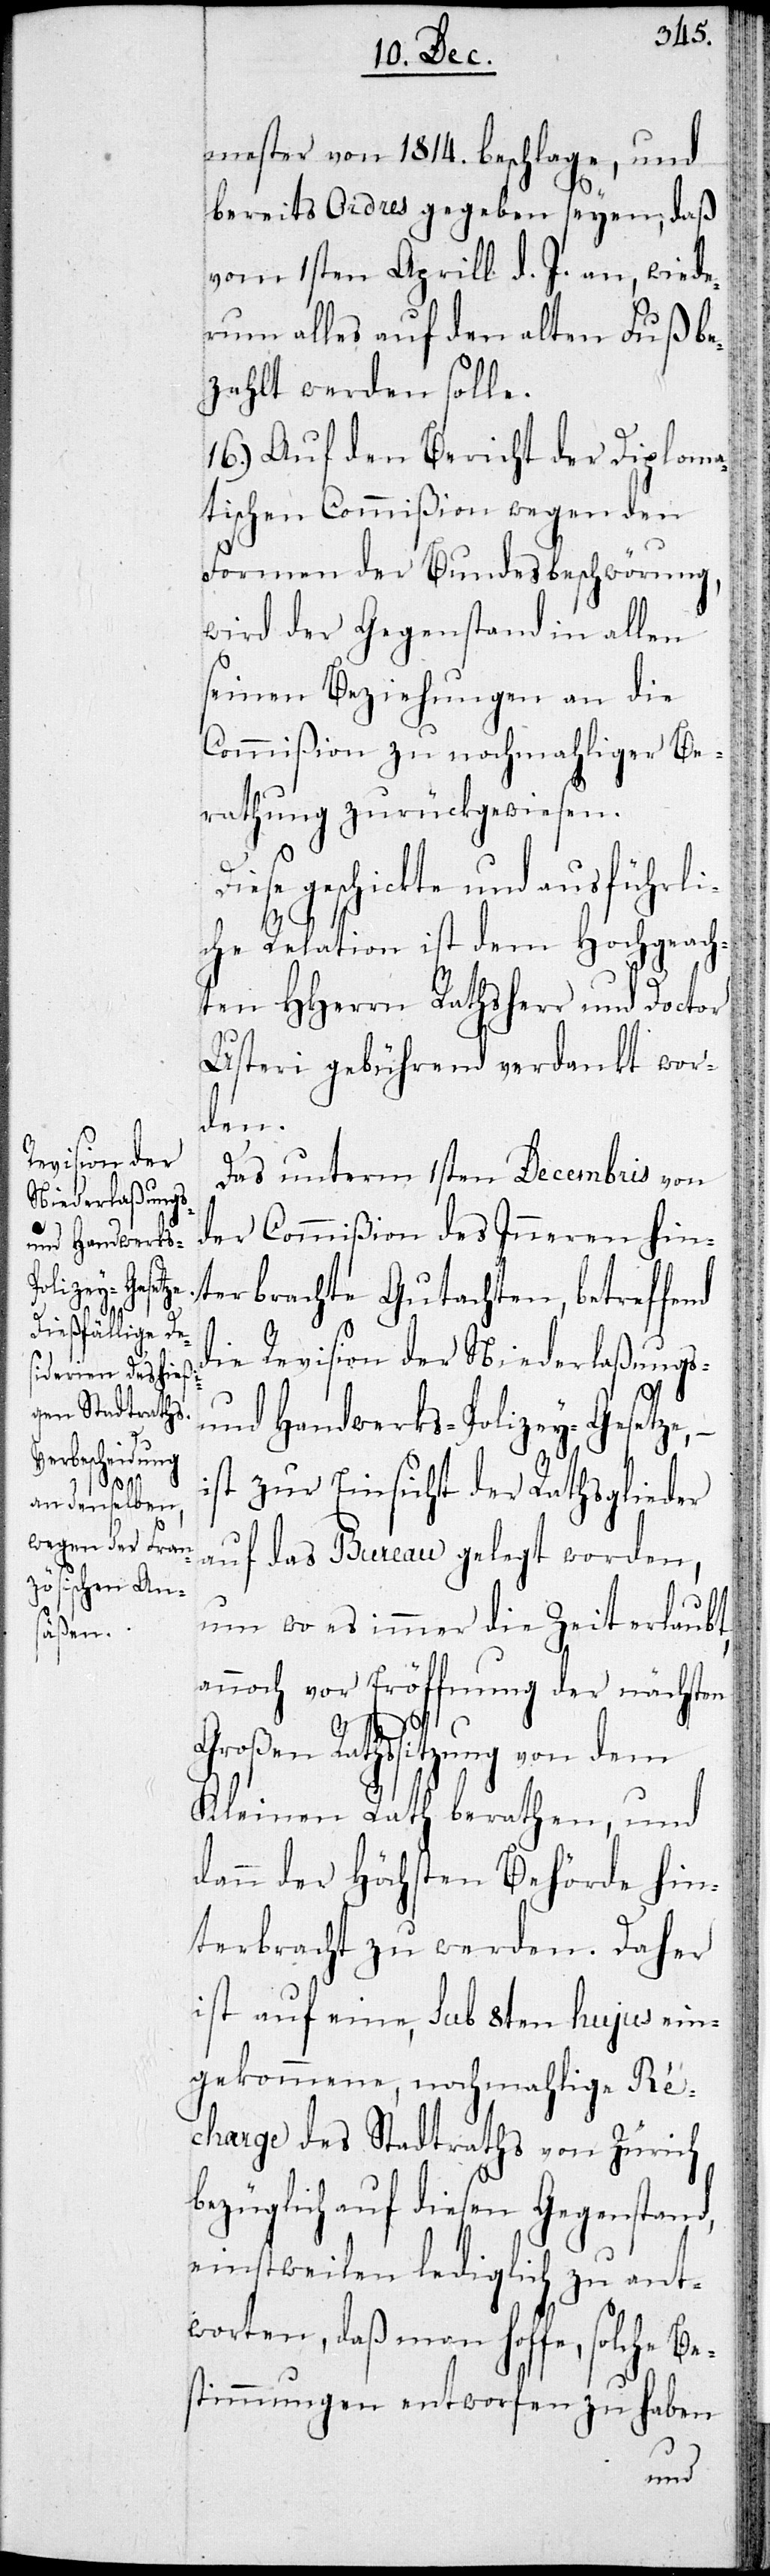
Diese

mester von 1814. beschlage, und
bereits Odres gegeben seyen, daß
vom 1ten Aprill d. J. an, wiede¬
rum alles auf den alten Fuß be¬
zahlt werden soll.
16.) Auf den Bericht der Diploma¬
tischen Commißion wegen den
Formen der Bundesbeschwörung,
wird der Gegenstand in allen
seinen Beziehungen an die
Commißion zu nochmahliger Be¬
rathung zurückgewiesen.
geschickte und ausführl¬
iche Relation ist dem Hochgeach¬
ten HHerrn Rathsherr und Doctor
Usteri gebührend verdankt wor¬
den.
Das unterm 1sten Decembris von
der Commißion des Inneren hin¬
terbrachte Gutachten, betreffend
die Revision der Niederlaßungs-
und Handwerks-Polizey-Gesetze,
ist zur Einsicht der Rathsglieder
auf das Bureau gelegt worden,
um wo es immer die Zeit erlaubt,
annoch vor Eröffnung der nächsten
Großen Rathssitzung von dem
Kleinen Rath berathen, und
dann der höchsten Behörde hin¬
terbracht zu werden. Daher
ist auf eine, sub 8ten hujus ein¬
gekommene, nochmahlige Re¬
charge des Stadtraths von Zürich
bezüglich auf diesen Gegenstand
einstweilen lediglich zu ant¬
worten, daß man hoffe, solche Be¬
stimmungen entworfen zu haben